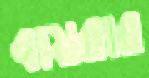
বায়রার